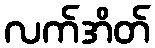
လက်အိတ်